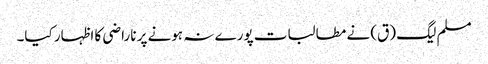
مسلم لیگ (ق) نے مطالبات پورے نہ ہونے پر ناراضی کا اظہار کیا۔